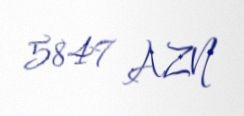
5847 AZN